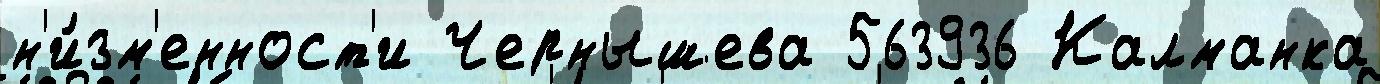
н'и́зм'енност'и Чернышева 563936 Калманка